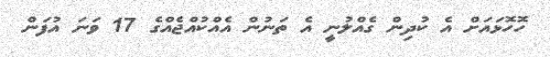
ހޮހޮޅައަށް އެ ކުދިން ގެއްލުނީ އެ ތަނުން އެއްކުއްޖެއްގެ 17 ވަނަ އުފަން